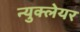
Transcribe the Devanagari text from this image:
न्युक्लेयर